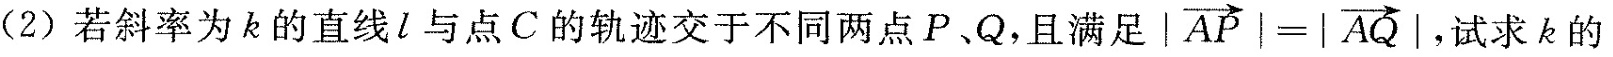
（2）若斜率为k的直线l与点C的轨迹交于不同两点P、Q，且满足 $$| \overrightarrow{AP}|=| \overrightarrow{AQ}|$$ ，试求k的